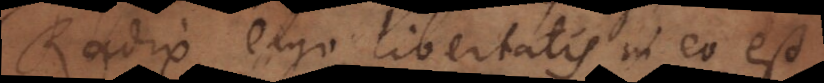
Radix ergo libertatis in eo est,